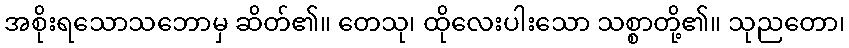
အစိုးရသောသဘောမှ ဆိတ်၏။ တေသု၊ ထိုလေးပါးသော သစ္စာတို့၏။ သုညတော၊